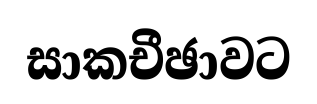
සාකචීඡාවට